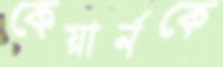
কেয়ার্নকে